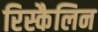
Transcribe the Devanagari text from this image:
रिस्कैलिन